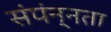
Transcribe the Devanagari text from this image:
संपंन्नता